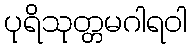
ပုရိသုတ္တမဂါရဝါ